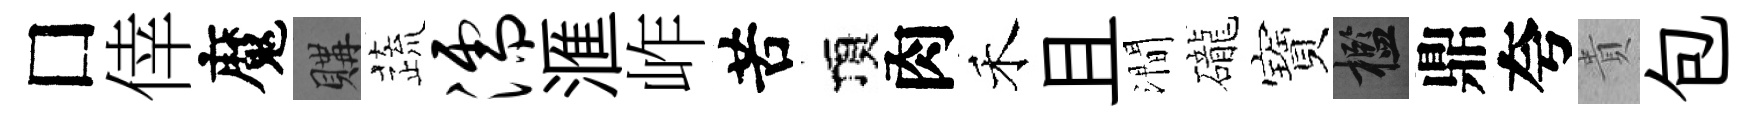
□倖魔購蔬濡滙岞苦頂肉禾且澗礲寶檻鼎夸貴包